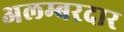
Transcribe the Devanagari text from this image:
अलम्बरदार